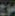
موج